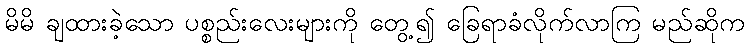
မိမိ ချထားခဲ့သော ပစ္စည်းလေးများကို တွေ့၍ ခြေရာခံလိုက်လာကြ မည်ဆိုက